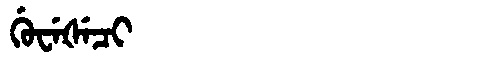
Manchu: ᡤᡠᠸᡝᡧᡝᠴᡳ
Romanization: GUWEŠECI